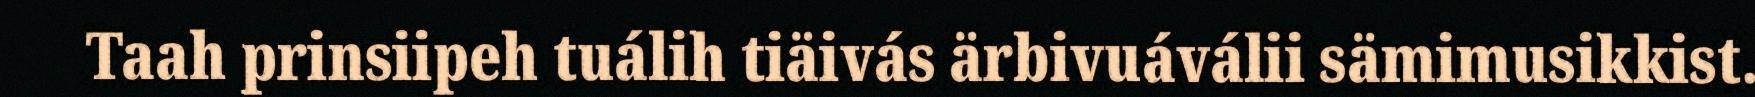
Taah prinsiipeh tuálih tiäivás ärbivuáválii sämimusikkist.